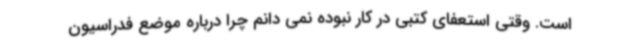
است. وقتی استعفای کتبی در کار نبوده نمی دانم چرا درباره موضع فدراسیون